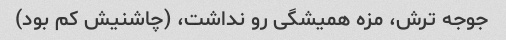
جوجه ترش، مزه همیشگی رو نداشت، (چاشنیش کم بود)